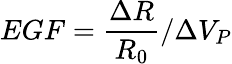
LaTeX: EGF=\frac{\Delta R}{R_{0}}/\Delta V_{P}